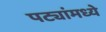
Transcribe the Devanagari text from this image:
पट्यांमध्ये